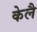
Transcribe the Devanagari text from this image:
केलै